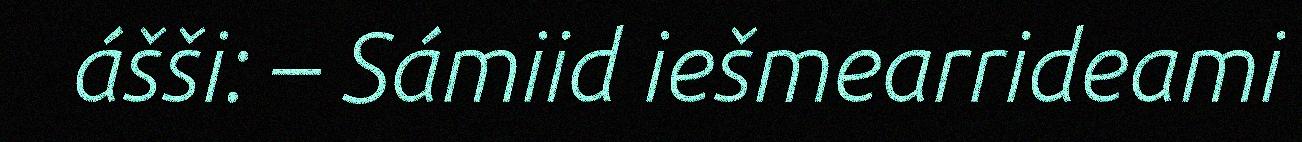
ášši: – Sámiid iešmearrideami